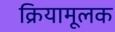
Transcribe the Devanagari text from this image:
क्रियामूलक